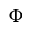
\Phi